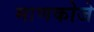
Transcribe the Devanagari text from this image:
माणकोजे